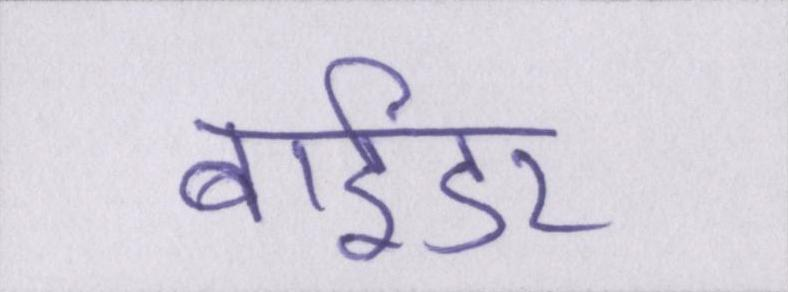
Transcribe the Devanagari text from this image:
बाईडर